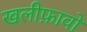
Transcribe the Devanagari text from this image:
खलीफ़ावों